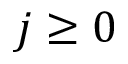
j \geq 0